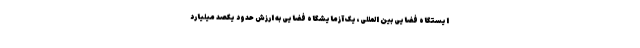
ایستگاه فضایی بین المللی، یک آزمایشگاه فضایی به ارزش حدود یکصد میلیارد